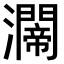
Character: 𤄇